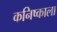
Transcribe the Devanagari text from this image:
कनिष्काला